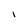
Character: i